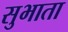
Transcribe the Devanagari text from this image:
सुभाता